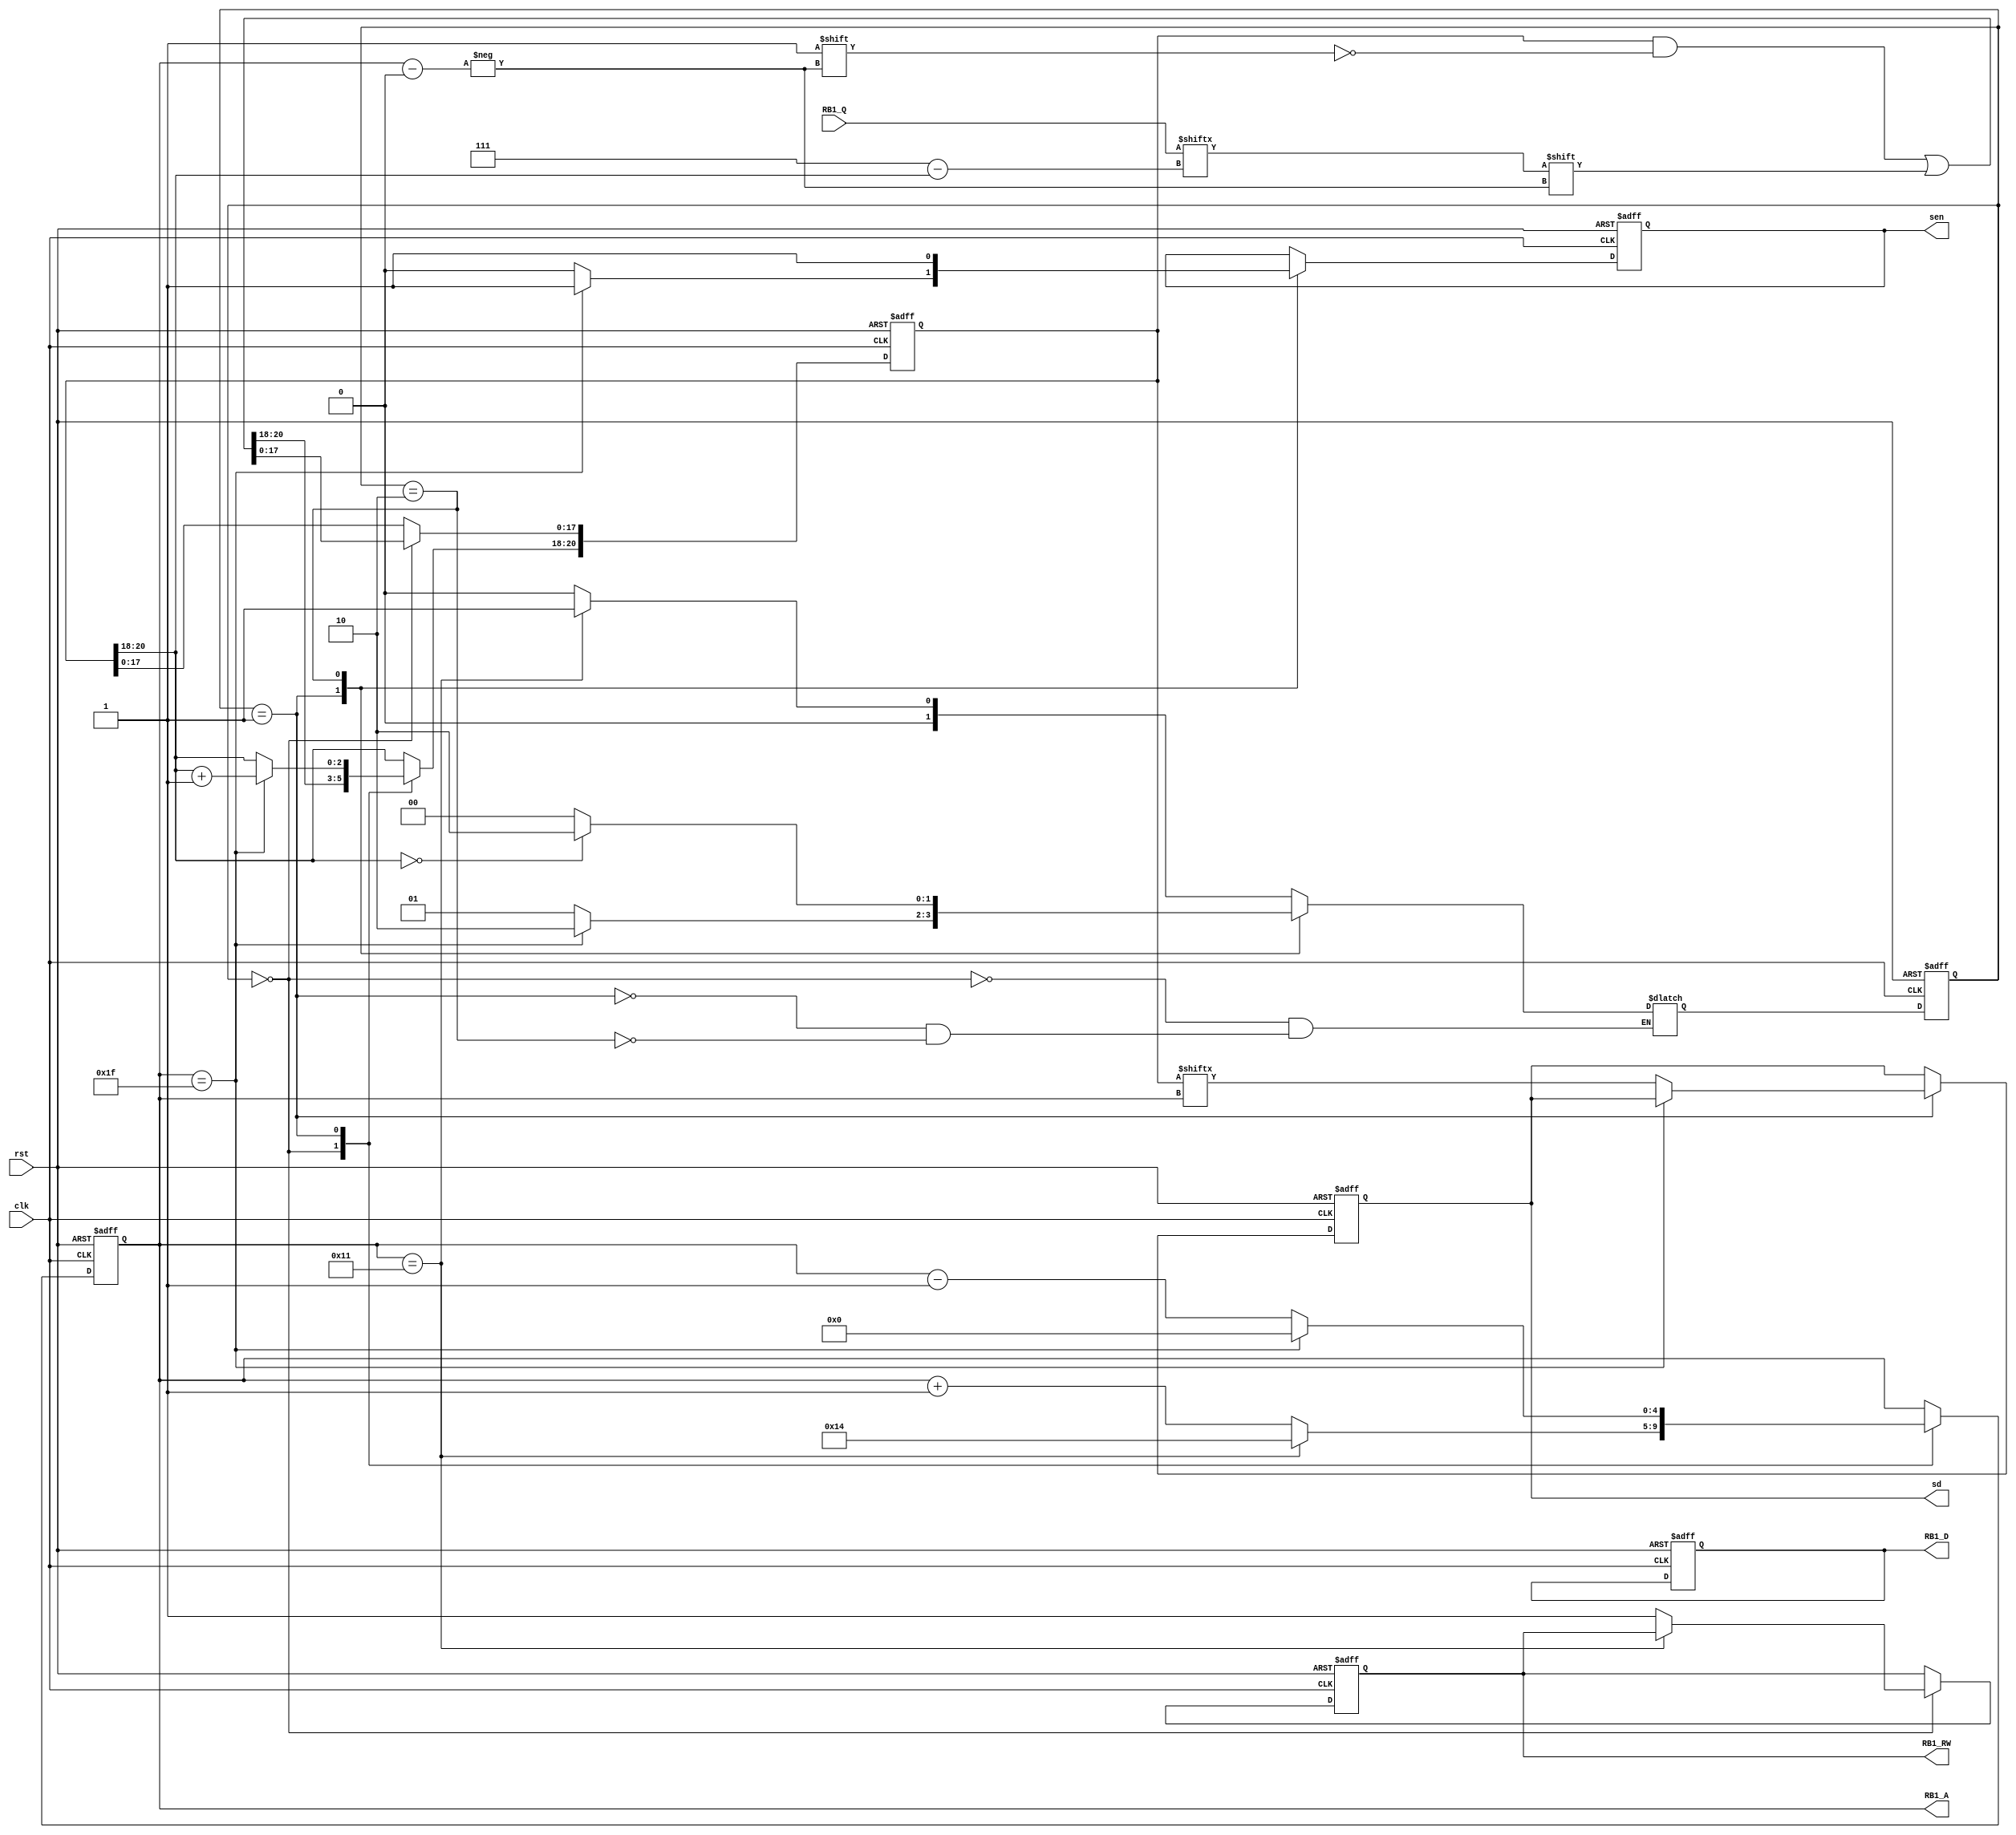
module S1(clk,
	  rst,
	  RB1_RW,
	  RB1_A,
	  RB1_D,
	  RB1_Q,
	  sen,
	  sd);

  input clk, rst;
  output reg RB1_RW;      // control signal for RB1: Read/Write
  output reg [4:0] RB1_A; // control signal for RB1: address
  output reg [7:0] RB1_D; // data path for RB1: input port
  input [7:0] RB1_Q;  // data path for RB1: output port
  output reg sen, sd;

reg [1:0] state, NextState;
reg [20:0] buffer;

 
parameter Load_Data = 0;
parameter Send_Package = 1;
parameter Finish = 2;


always @(negedge clk or posedge rst) 
begin
	if(rst)
	begin
	   sen <= 1;
	   RB1_RW <= 1;
	   RB1_A <= 0;
	   RB1_D <= 0;
	   sd <= 0;
	   state <= Load_Data;
	   buffer <= 0;
	end
	else
	begin
        state <= NextState;
		case(state)
        Load_Data: begin
			          if(RB1_A == 17)
					  begin
                        buffer[RB1_A] <= RB1_Q[7 - buffer[20:18]]; 
						RB1_A <= 20;
					  end
					  else
					  begin
			            RB1_RW <= 1;
                        RB1_A <= RB1_A + 1;
					    buffer[RB1_A] <= RB1_Q[7 - buffer[20:18]]; 
					  end
		           end

		Send_Package: begin
                         if(RB1_A == 31)
						 begin
							sen <= 1;
							RB1_A <= 0;
							buffer[20:18] <= buffer[20:18] + 1;
						 end
						 else
						 begin
                            sen <= 0;
                            sd <= buffer[RB1_A];
							RB1_A <= RB1_A - 1;
						 end
		              end

		Finish: begin
                   sen <= 1;
		        end
	    endcase
	end
end


always @(*)
begin
    case(state)
    Load_Data: begin
                  if(RB1_A == 17)
				    NextState = Send_Package;
				  else
				    NextState = Load_Data;
	           end

	Send_Package: begin
                      if(RB1_A == 31)
					    NextState = Finish;
					  else 
					    NextState = Send_Package;
	              end

	Finish: begin
		        if(buffer[20:18] == 0)
                   NextState = Finish;
				else
				   NextState = Load_Data;
	        end

	endcase
end
  

endmodule